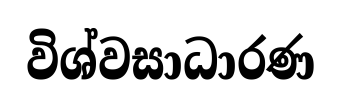
විශ්වසාධාරණ